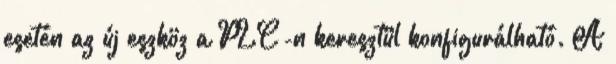
esetén az új eszköz a PLC-n keresztül konfigurálható. A